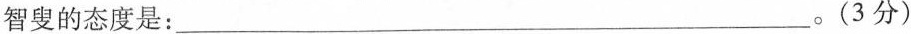
智叟的态度是：___。(3分)